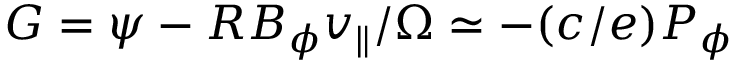
G = \psi - R B _ { \phi } v _ { \| } / \Omega \simeq - ( c / e ) P _ { \phi }